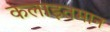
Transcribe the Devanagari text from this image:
कलाइतमान